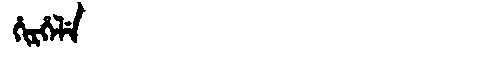
Manchu: ᡥᡳᡵᡥᡝᠯᡝ
Romanization: HIRHELE